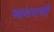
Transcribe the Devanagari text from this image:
व्यवसयी